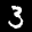
Label: 3